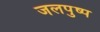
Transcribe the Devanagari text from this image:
जलपुष्प